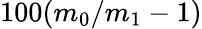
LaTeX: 100(m_{0}/m_{1}-1)